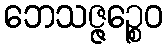
ဘေသဇ္ဇဉ္စေဝ